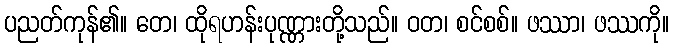
ပညတ်ကုန်၏။ တေ၊ ထိုရဟန်းပုဏ္ဏားတို့သည်။ ဝတ၊ စင်စစ်။ ဖဿာ၊ ဖဿကို။